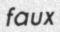
faux